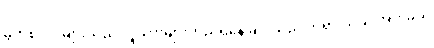
မွတ်စလင်များသည် လူသားများတည်ရှိနေခြင်းသည် ဘုရားသခင်အား ခယ